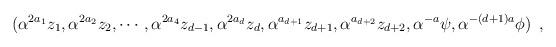
LaTeX: \begin{align*}({{\alpha}^{2 a_1} {z_1} ,{\alpha}^{2 a_2} {z_2} ,\cdots,{\alpha}^{2 a_4} {z_{d-1}} ,{\alpha}^{2 a_d} {z_d} ,{\alpha}^{a_{d+1}}{z_{d+1}},{\alpha}^{a_{d+2}} {z_{d+2}},{\alpha}^{-a} {\psi},{\alpha}^{-(d+1)a}{\phi}})\,\,\,,\end{align*}